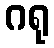
ဂရု